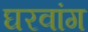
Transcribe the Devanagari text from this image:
घरवांग